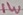
Text: 1W